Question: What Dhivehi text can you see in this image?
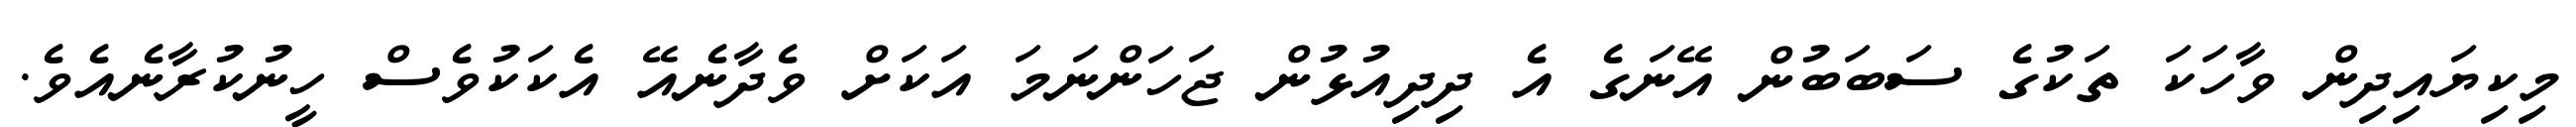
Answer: މިކިޔައިދިން ވާހަކަ ތަކުގެ ސަބަބުން އޭނަގެ އެ ދިދިއުޅުން ޖަހަންނަމަ އަކަށް ވެދާނެއޭ އެކަކުވެސް ހީނުކުރާނެއެވެ.